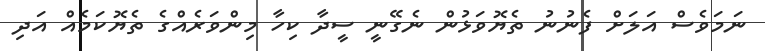
ނަމަވެސް އަލަށް ފެނުނު ތެޔޮވަޅުން ނެގޭނީ ސީދާ ކިހާ މިންވަރެއްގެ ތެޔޮކަމެއް އަދި